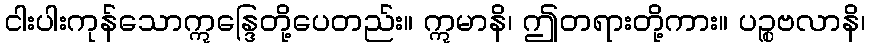
ငါးပါးကုန်သောဣန္ဒြေတို့ပေတည်း။ ဣမာနိ၊ ဤတရားတို့ကား။ ပဉ္စဗလာနိ၊